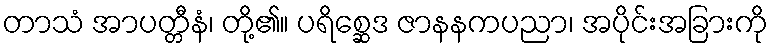
တာသံ အာပတ္တီနံ၊ တို့၏။ ပရိစ္ဆေဒ ဇာနနကပညာ၊ အပိုင်းအခြားကို